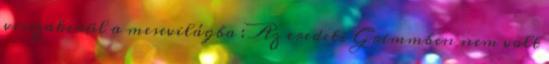
visszakerül a mesevilágba : Az eredeti Grimmben nem volt